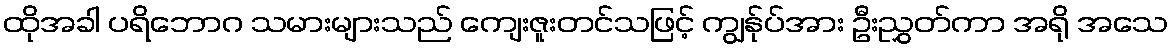
ထိုအခါ ပရိဘောဂ သမားများသည် ကျေးဇူးတင်သဖြင့် ကျွန်ုပ်အား ဦးညွှတ်ကာ အရို အသေ